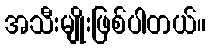
အသီးမျိုးဖြစ်ပါတယ်။